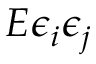
E \epsilon _ { i } \epsilon _ { j }